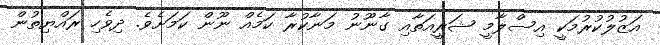
އަޒުލުކުރުމަކީ އިސްލާމީ ޝަރީއަތާއި ގާނޫނު މަނާކުރާ ކަމެއް ނޫން ކަމަށެވެ. ދިވެހި ރައްޔިތުން